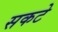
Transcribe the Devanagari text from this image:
सकटे